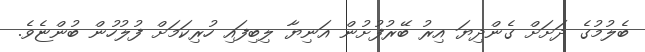
ބެލުމުގެ ދަށަށް ގެންދިޔަ އިރު ބޭރުފުށުން އަނިޔާ ލިބިފައި ހުރިކަމަށް ފުލުހުން ބުންޏެވެ.